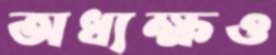
অধ্যক্ষও